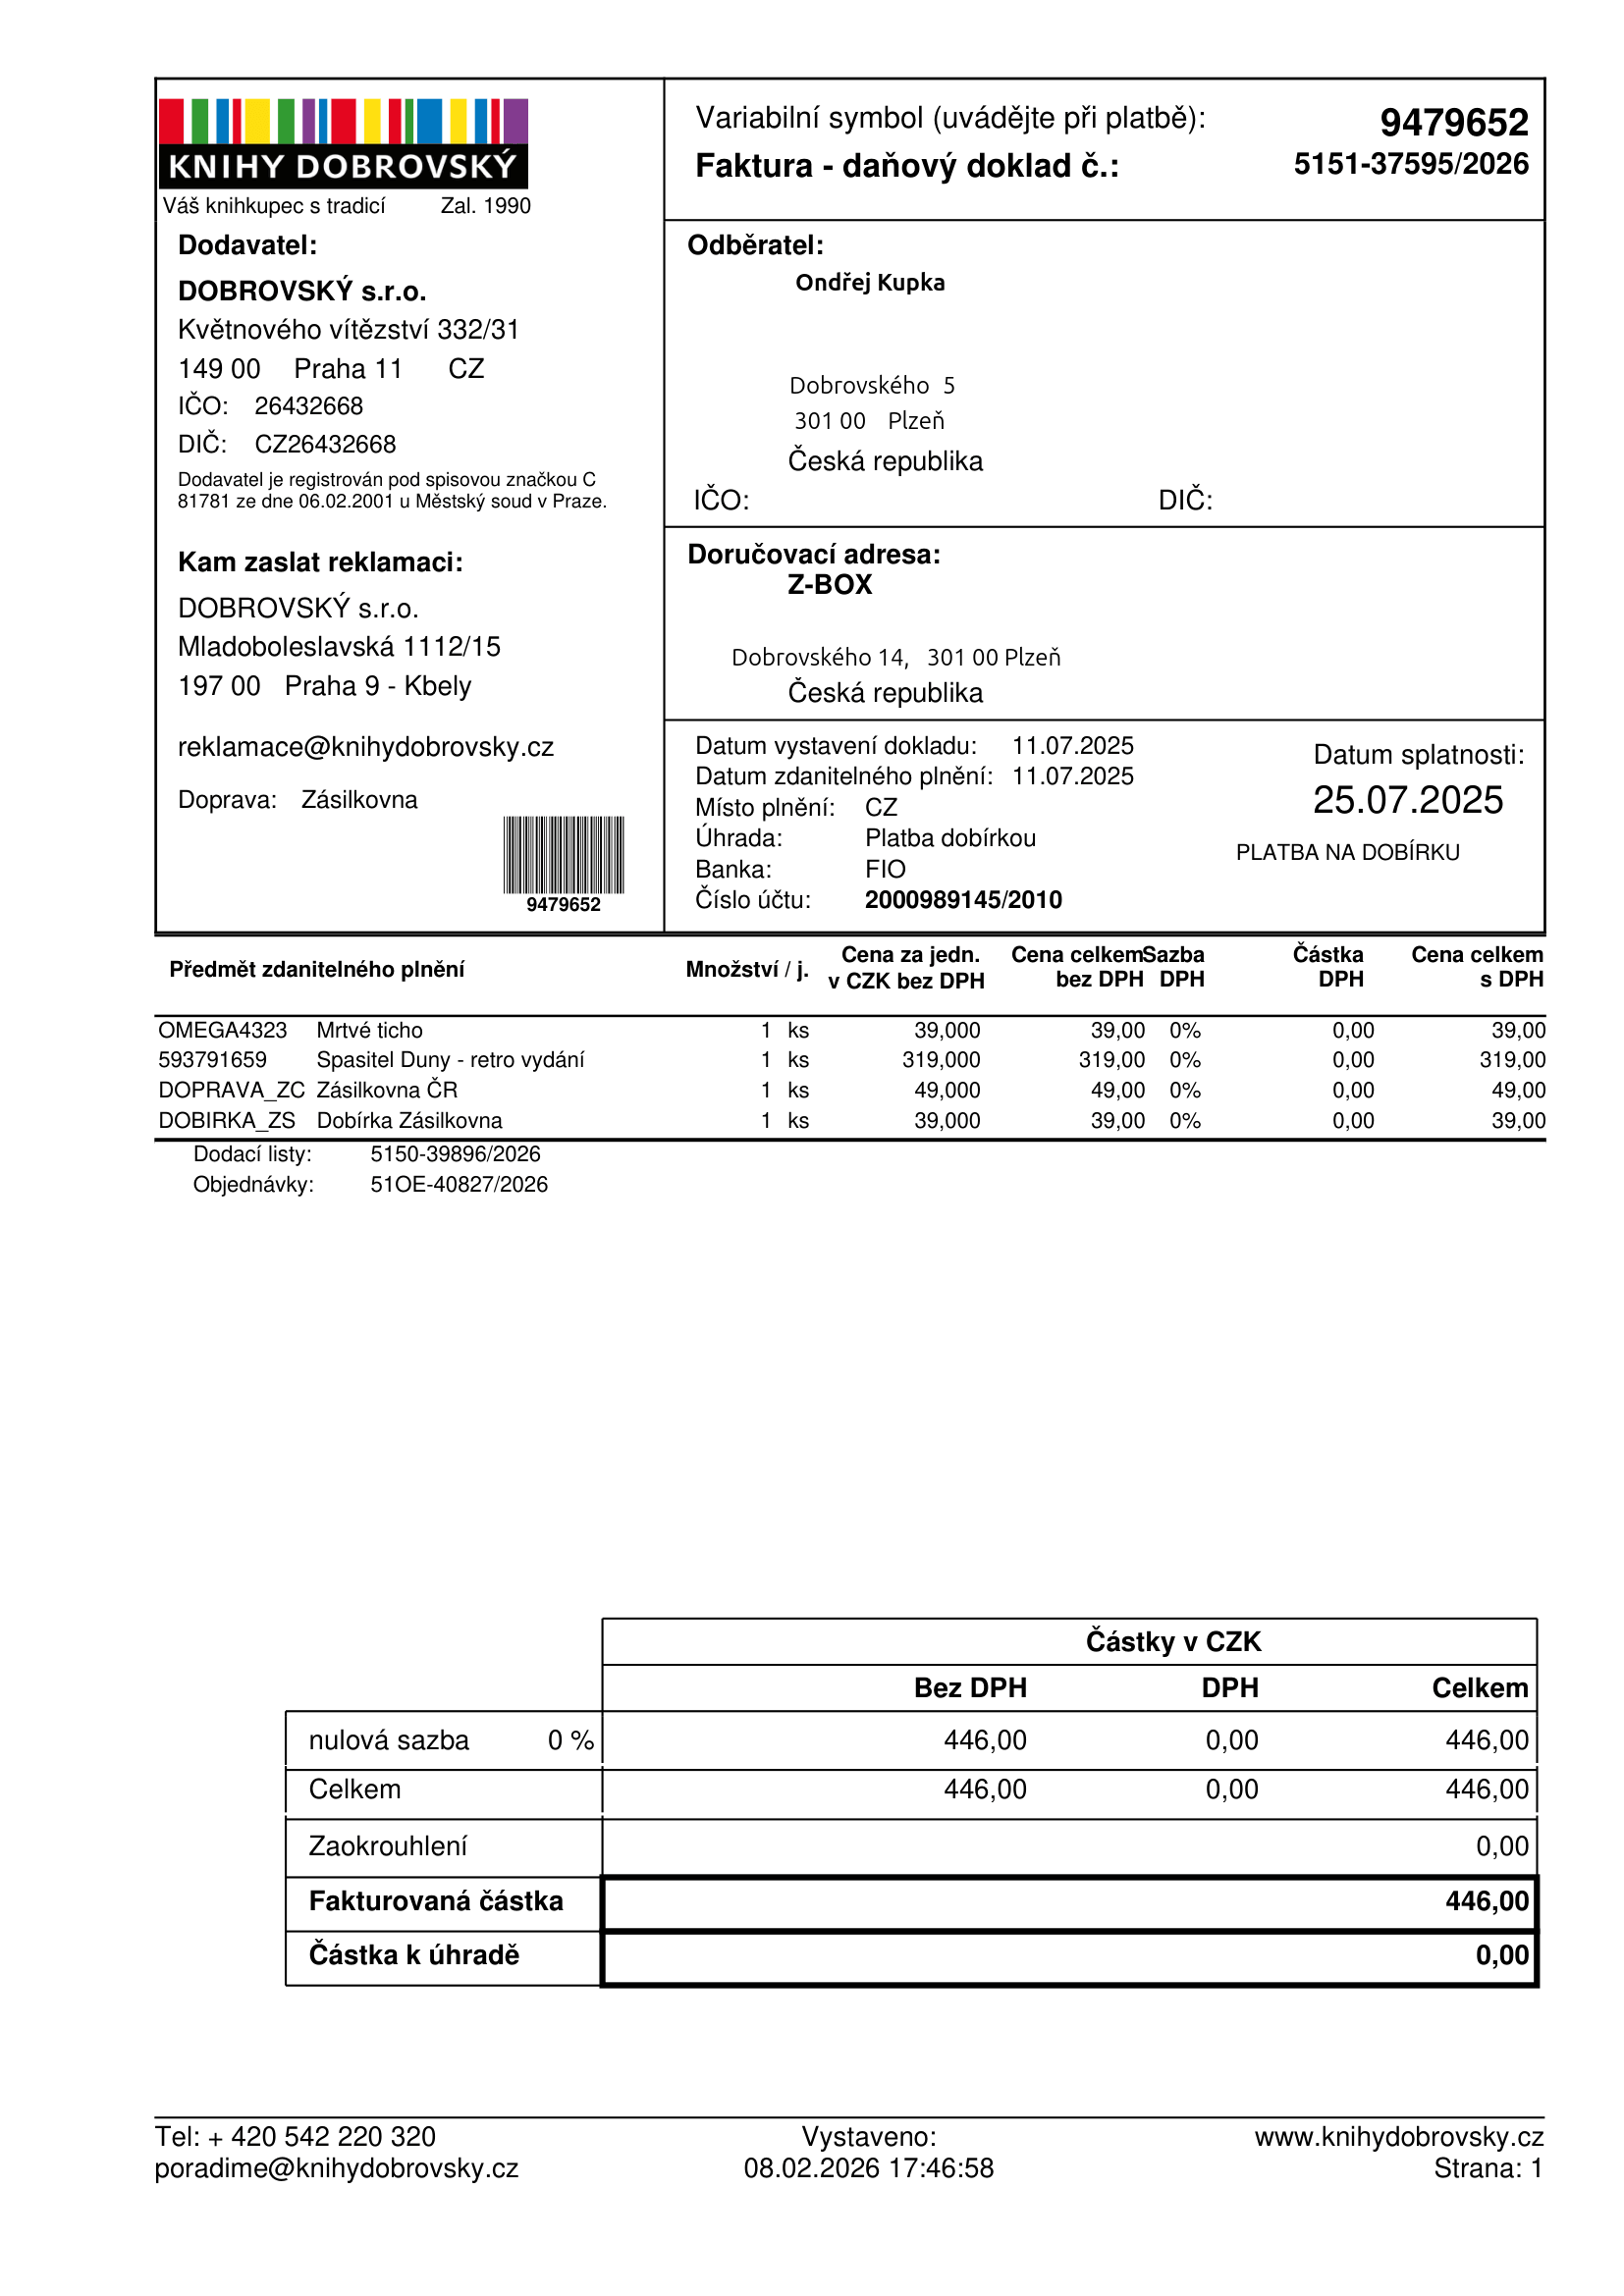
invoice_number: 5151-37595/2026
supp_register_id: 26432668
supp_tax_id: CZ26432668
issue_date: 11.07.2025
taxable_supply_date: 11.07.2025
due_date: 25.07.2025
payment_type: PLATBA NA DOBÍRKU
bank_account_number: 2000989145/2010
variable_symbol: 9479652
total: 446,00